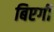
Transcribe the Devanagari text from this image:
बिएगी